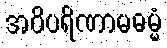
အဝိပရိဏာမဓမ္မံ